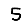
Digit: 5